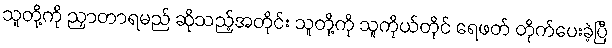
သူတို့ကို ညှာတာရမည် ဆိုသည့်အတိုင်း သူတို့ကို သူကိုယ်တိုင် ရေဖတ် တိုက်ပေးခဲ့ပြီ